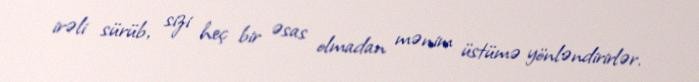
irəli sürüb, sizi heç bir əsas olmadan mənim üstümə yönləndirirlər.